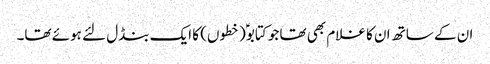
ان کے ساتھ ان کا غلام بھی تھا جو کتابوؑ (خطوں) کا ایک بنڈل لئے ہوئے تھا۔